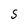
Character: S